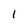
Character: 1